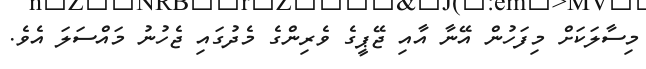
މިސާލަކަށް މިފަހުން އޭނާ އާއި ޖޭޕީގެ ވެރިންގެ މެދުގައި ޖެހުނު މައްސަލަ އެވެ.